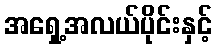
အရှေ့အလယ်ပိုင်းနှင့်